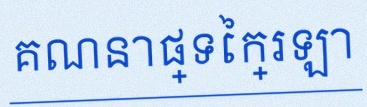
គណនាផ្ទៃក្រឡា